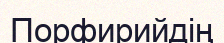
Порфирийдің